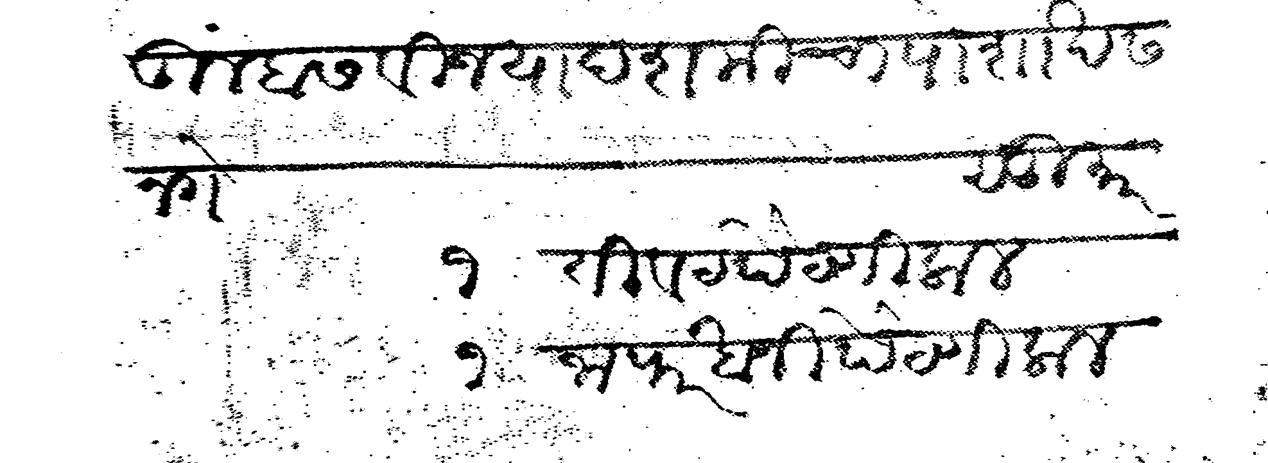
Transliteration (Devanagari): तुम्हांस विजयादशमीचा पोशाख स नगे सुमार १ तीवट पैटणी लाल १ जाफरखानी पैटणी लाल